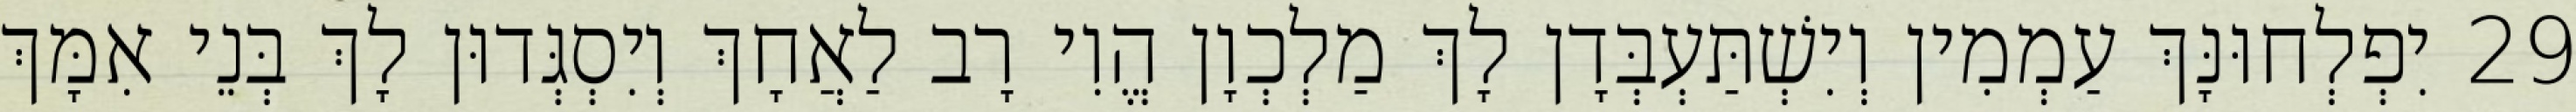
29 יִפְלְחוּנָּךְ עַמְמִין וְיִשְׁתַּעְבְּדָן לָךְ מַלְכְוָן הֱוִי רָב לַאֲחָךְ וְיִסְגְּדוּן לָךְ בְּנֵי אִמָּךְ